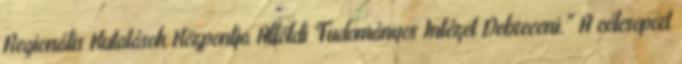
Regionális Kutatások Központja Alföldi Tudományos Intézet Debreceni." A célcsoport